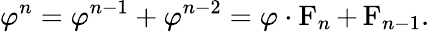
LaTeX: \varphi^{n}=\varphi^{n-1}+\varphi^{n-2}=\varphi\cdot\operatorname{F}_{n}+\operatorname{F}_{n-1}.